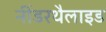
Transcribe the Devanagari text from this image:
नींडरथैलाइड